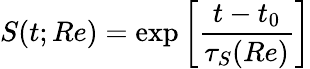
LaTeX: S(t;Re)=\exp\left[\frac{t-t_{0}}{\tau_{S}(Re)}\right]